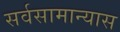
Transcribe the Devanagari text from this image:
सर्वसामान्यास